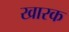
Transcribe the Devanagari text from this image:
खारक